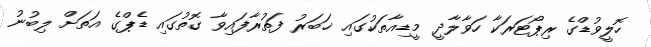
ހޮލީވުޑްގެ ރިޕޯޓަރަކާ ހަވާލާދީ މީޑިއާތަކުގައި ޚަބަރު ފަތުރާފައިވާ ގޮތުގައި ޑެޕްގެ އަތަށް ލިބުނު